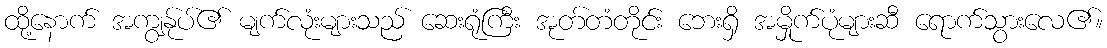
ထို့နောက် အကျွန်ုပ်၏ မျက်လုံးများသည် ဆေးရုံကြီး အုတ်တံတိုင်း ဘေးရှိ အမှိုက်ပုံများဆီ ရောက်သွားလေ၏။